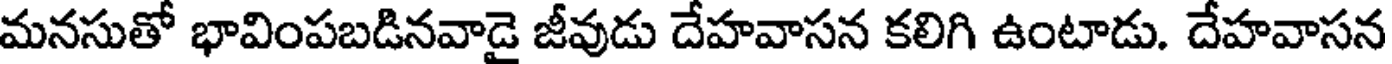
మనసుతో భావింపబడినవాడై జీవుడు దేహవాసన కలిగి ఉంటాడు. దేహవాసన